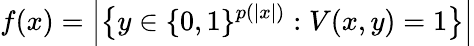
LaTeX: f(x)={\Big|}{\big\{ }y\in\{ 0,1\} ^{p(|x|)}:V(x,y)=1{\big\} }{\Big|}